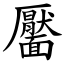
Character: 靨